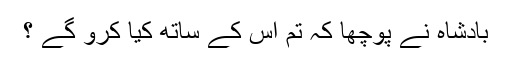
بادشاہ نے پوچھا کہ تم اس کے ساتھ کیا کرو گے ؟